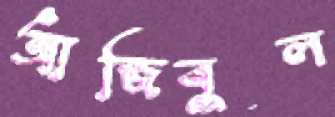
আজিবুল